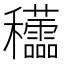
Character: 𥤜